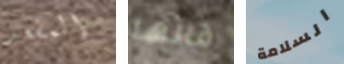
المقعد قالها السلامة